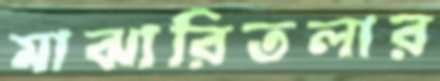
মাঝারিতলার